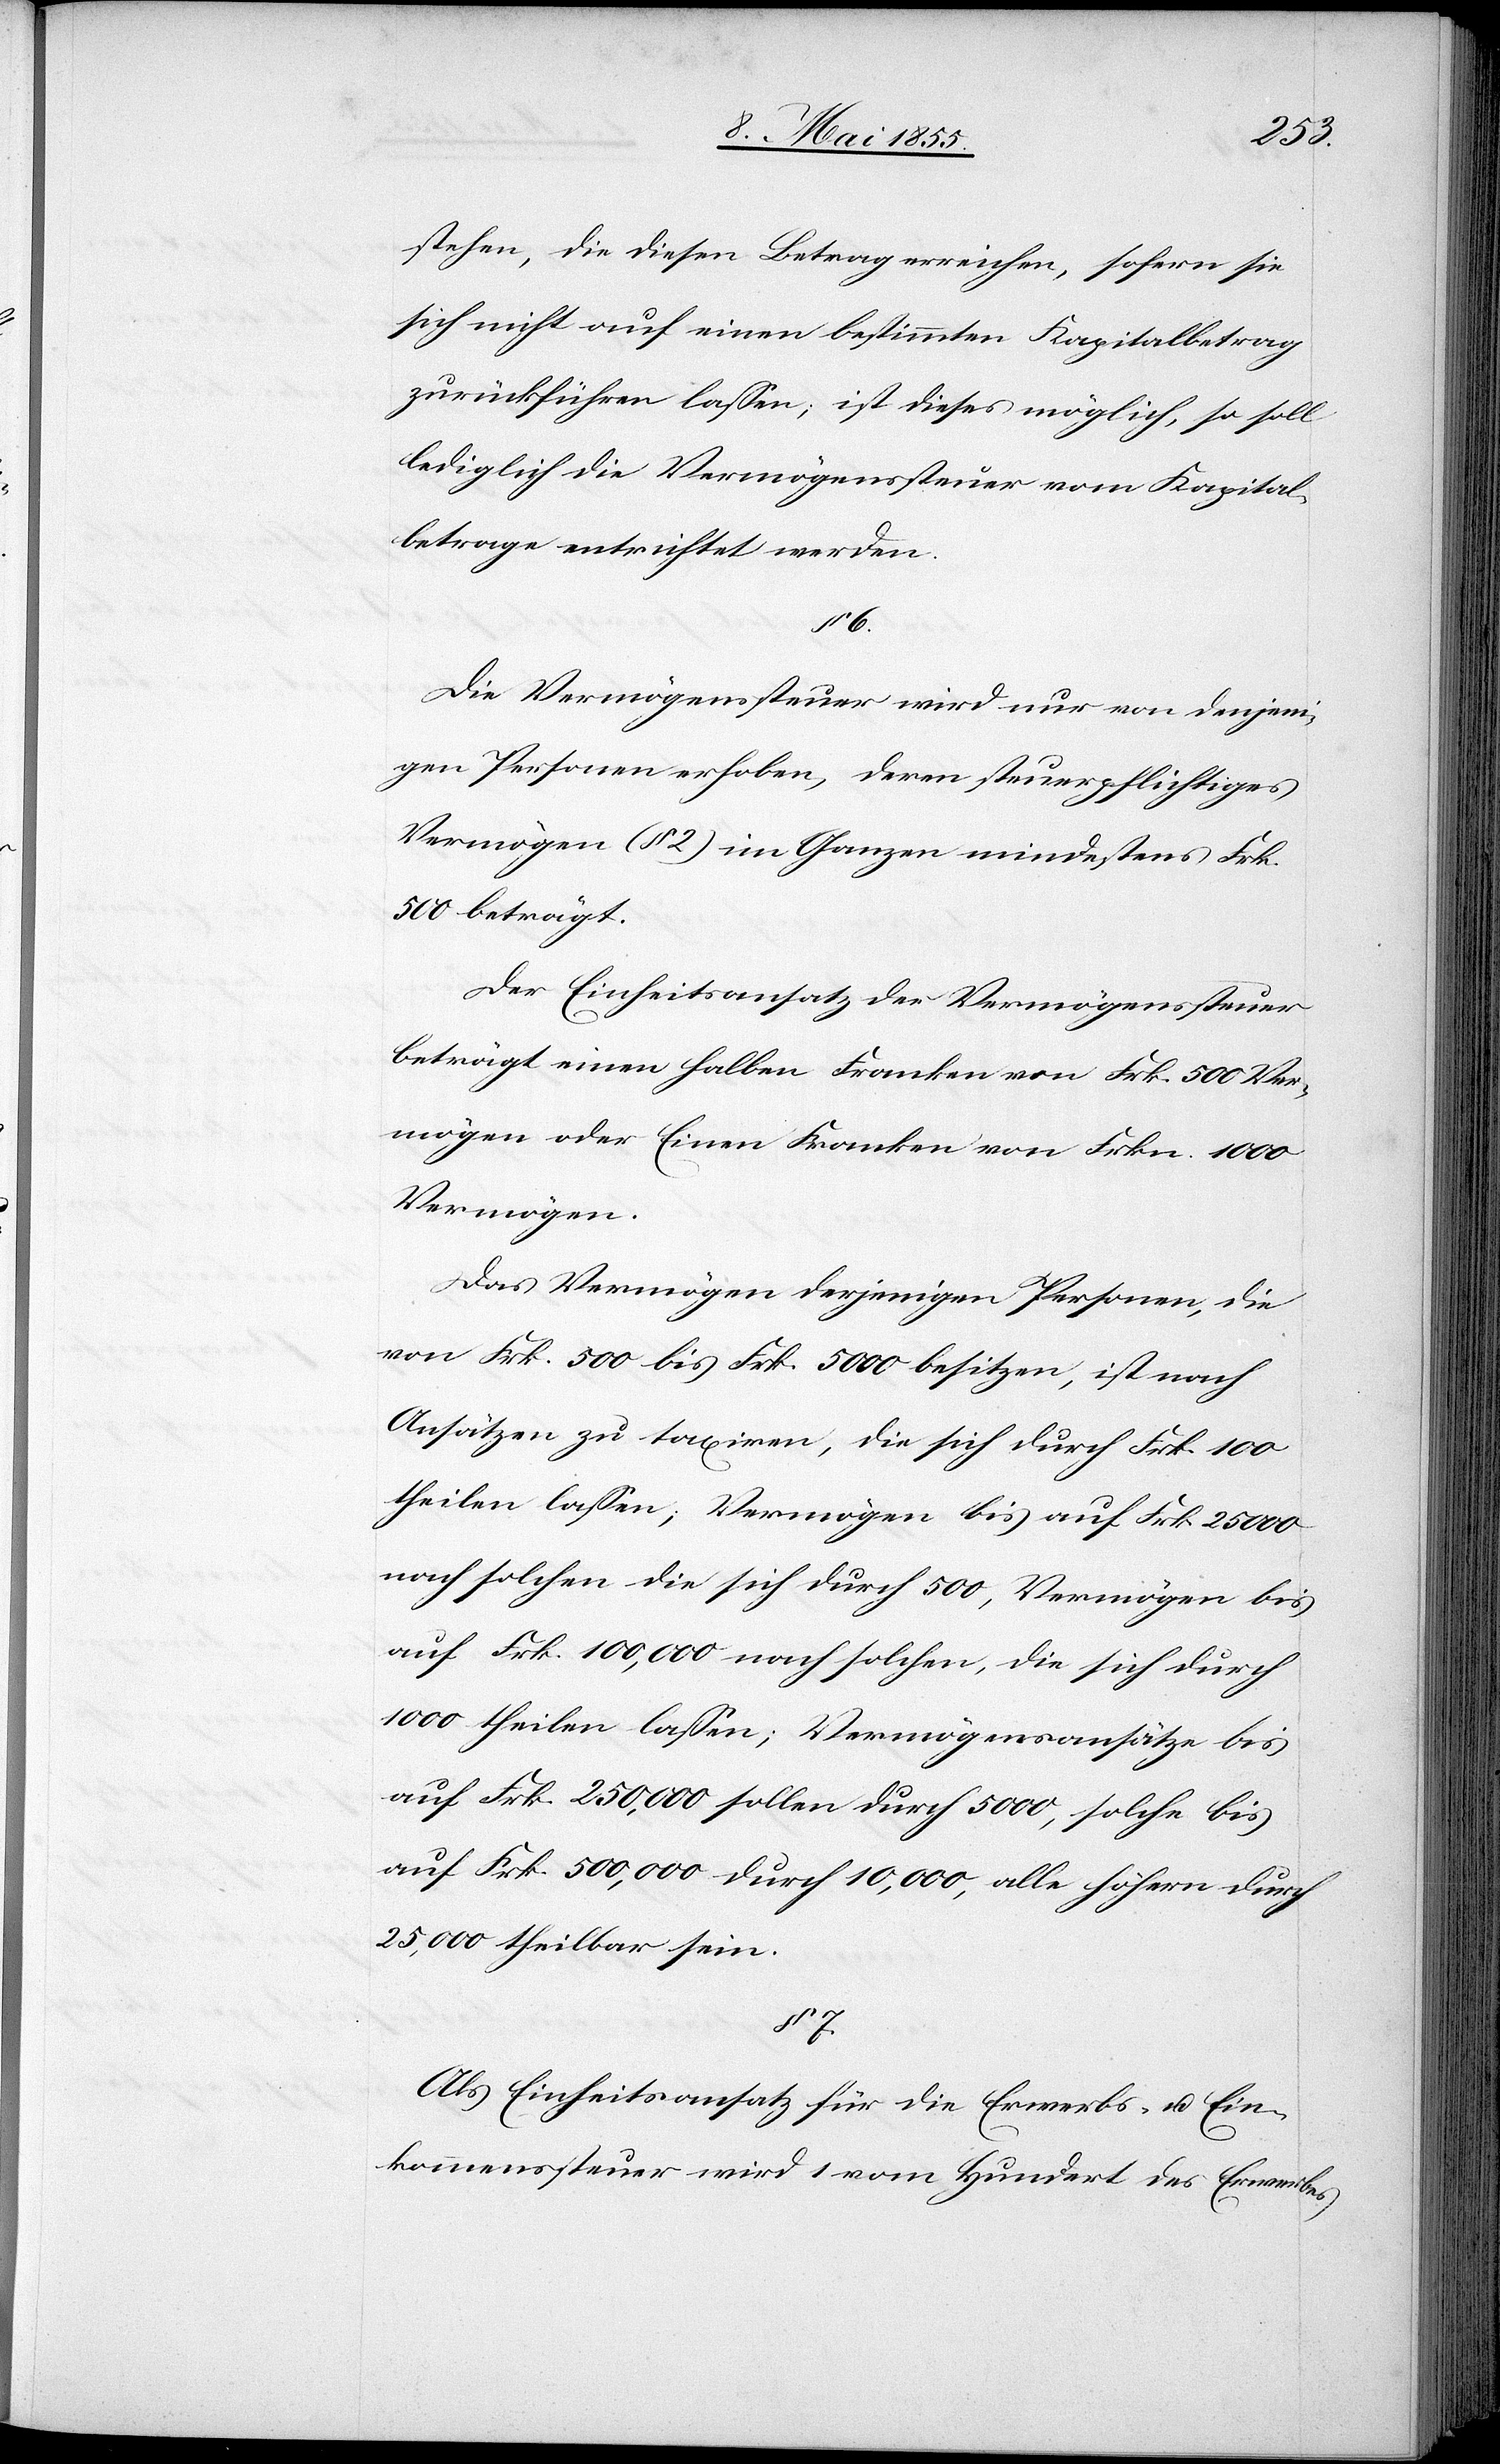
stehen, die diesen Betrag erreichen, sofern sie
sich nicht auf einen bestimmten Kapitalbetrag
zurückführen lassen; ist dieses möglich, so soll
lediglich die Vermögenssteuer vom Kapital¬
betrage entrichtet werden.
§ 6.
Die Vermögenssteuer wird nur von denjeni¬
gen Personen erhoben, deren steuerpflichtiges
Vermögen (§ 2) im Ganzen mindestens Frk.
500 beträgt.
Der Einheitsansatz der Vermögenssteuer
beträgt einen halben Franken von Frk. 500 Ver¬
mögen oder Einen Franken von Frkn. 1000
Vermögen.
Das Vermögen derjenigen Personen, die
von Frk. 500 bis Frk. 5000 besitzen, ist nach
Ansätzen zu taxiren, die sich durch Frk. 100
theilen lassen; Vermögen bis auf Frk. 25 000
nach solchen die sich durch 500, Vermögen bis
auf Frk. 100,000 nach solchen, die sich durch
1000 theilen lassen; Vermögensansätze bis
auf Frk. 250,000 sollen durch 5000, solche bis
auf Frk. 500,000 durch 10,000, alle höhern durch
25,000 theilbar sein.
§ 7.
Als Einheitsansatz für die Erwerbs- u. Ein¬
kommenssteuer wird 1 vom Hundert des Erwerbes